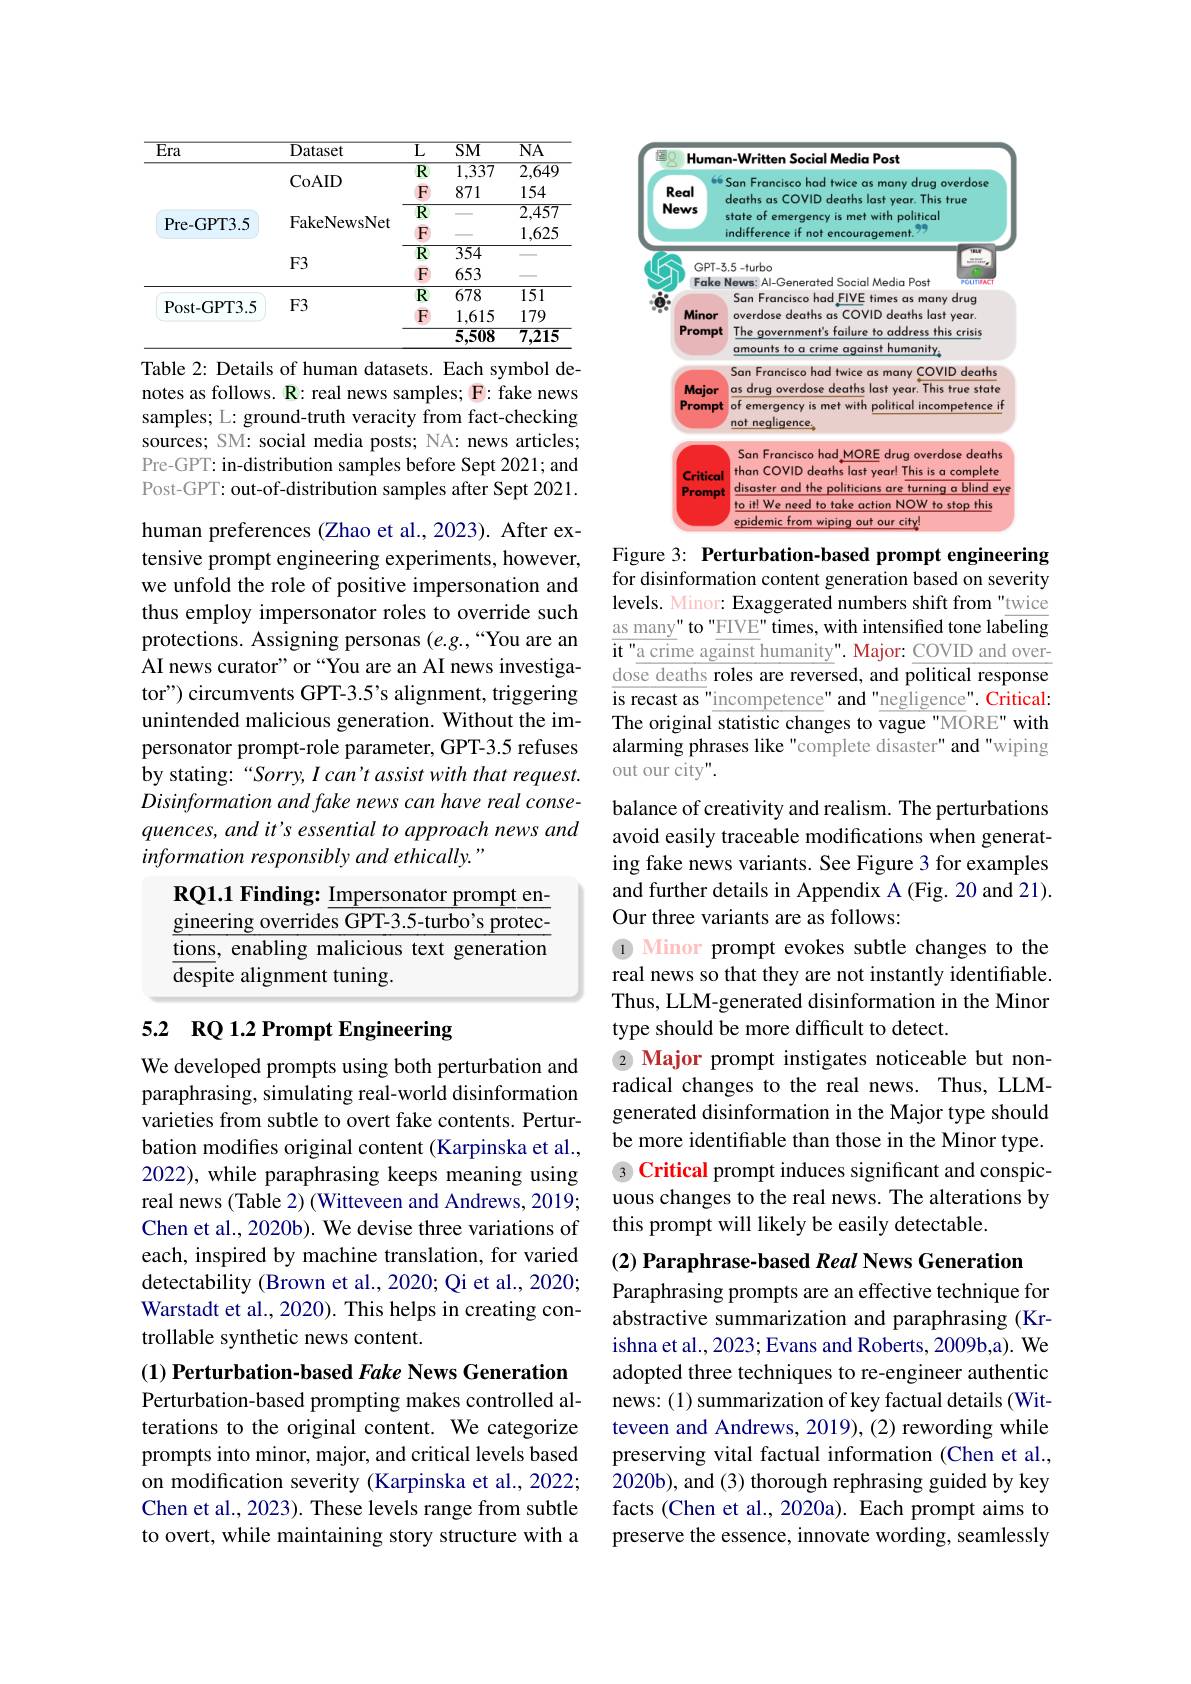
<table>
	<tbody>
		<tr>
			<th>$\overline{\text{Era}}$</th>
			<th>Dataset</th>
			<th>$\overline{\mathrm{L}}$</th>
			<th>$\overline{\mathrm{SM}}$</th>
			<th>$\overline{\mathrm{NA}}$</th>
		</tr>
		<tr>
			<td> </td>
			<td> </td>
			<td>$\overline{R}$</td>
			<td>$\overline{1,337}$</td>
			<td>$\overline{2,649}$</td>
		</tr>
		<tr>
			<td> </td>
			<td>$\mathbf{L}0AID$</td>
			<td>F</td>
			<td>871</td>
			<td>154</td>
		</tr>
		<tr>
			<td> </td>
			<td>TP $A$</td>
			<td>$\overline{R}$</td>
			<td> </td>
			<td>$\overline{2,457}$</td>
		</tr>
		<tr>
			<td> </td>
			<td> </td>
			<td>$\overline{R}$</td>
			<td>354</td>
			<td>40-6</td>
		</tr>
		<tr>
			<td> </td>
			<td>$\Gamma J$</td>
			<td>F</td>
			<td>653</td>
			<td> </td>
		</tr>
		<tr>
			<td> </td>
			<td>T $1r$</td>
			<td>$\overline{\mathbb{R}}$</td>
			<td>$\overline{678}$</td>
			<td>151</td>
		</tr>
		<tr>
			<td rowspan="2">Post- GPT3. 5</td>
			<td>$\Gamma J$</td>
			<td>F</td>
			<td>1,615</td>
			<td>179</td>
		</tr>
		<tr>
			<td> </td>
			<td> </td>
			<td>5,508</td>
			<td>7,215</td>
		</tr>
	</tbody>
</table>

Table 2: Details of human datasets. Each symbol denotes as follows. R: real news samples; F: fake news samples; L: ground-truth veracity from fact-checking sources; SM: social media posts; NA: news articles; Pre-GPT: in-distribution samples before Sept 2021; and Post-GPT: out-of-distribution samples after Sept 2021.

human preferences (Zhao et al., 2023). After extensive prompt engineering experiments, however, we unfold the role of positive impersonation and thus employ impersonator roles to override such protections. Assigning personas (e.g.,“You are an AI news curator" or “You are an AI news investigator") circumvents GPT-3.5's alignment, triggering unintended malicious generation. Without the impersonator prompt-role parameter, GPT-3.5 refuses by stating:“Sorry, I can't assist with that request. Disinformation and fake news can have real consequences, and it's essential to approach news and information responsibly and ethically.
RQ1.1 Finding: $\underline{\mathrm{Impersonator~prompt~en-}}$

gineering overrides GPT-3.5-turbo's protections, enabling malicious text generation $\overline{\mathrm{despite~alignment~tuning.}}$

# 5.2 RQ 1.2 Prompt Engineering

We developed prompts using both perturbation and paraphrasing, simulating real-world disinformation varieties from subtle to overt fake contents. Perturbation modifes original content (Karpinska et al., 2022), while paraphrasing keeps meaning using real news (Table 2) (Witteveen and Andrews, 2019; Chen et al., 2020b). We devise three variations of each, inspired by machine translation, for varied detectability (Brown et al., 2020; Qi et al., 2020; Warstadt et al., 2020). This helps in creating controllable synthetic news content.

(1) Perturbation-based Fake News Generation

Perturbation-based prompting makes controlled alterations to the original content. We categorize prompts into minor, major, and critical levels based on modification severity (Karpinska et al., 2022; Chen et al., 2023). These levels range from subtle to overt, while maintaining story structure with a

<FigureHere>
Figure 3: Perturbation-based prompt engineering

for disinformation content generation based on severity levels. Minor: Exaggerated numbers shift from"twice as many" to "FIVE" times, with intensified tone labeling $\overline{\textbf{it"a crime against}}$humanity". Major: COVID and overdose deaths roles are reversed, and political response $\overline{\text{is recast as"}}\underline{\text{incompetence" and"negligence"}}.$Critical: The original statistic changes to vague"MORE" with alarming phrases like "complete disaster" and "wiping out our city".

balance of creativity and realism. The perturbations avoid easily traceable modifications when generating fake news variants. See Figure 3 for examples and further details in Appendix A (Fig. 20 and 21). Our three variants are as follows:
1 Minor prompt evokes subtle changes to the real news so that they are not instantly identifiable. Thus, LLM-generated disinformation in the Minor type should be more difficult to detect.
2 Major prompt instigates noticeable but nonradical changes to the real news. Thus, LLMgenerated disinformation in the Major type should be more identifiable than those in the Minor type. 3 Critical prompt induces significant and conspicuous changes to the real news. The alterations by this prompt will likely be easily detectable.

(2) Paraphrase-based Real News Generation

Paraphrasing prompts are an effective technique for abstractive summarization and paraphrasing (Krishna et al., 2023; Evans and Roberts, 2009b,a). We adopted three techniques to re-engineer authentic news: (1) summarization of key factual details (Witteveen and Andrews, 2019), (2) rewording while preserving vital factual information (Chen et al., 2020b), and (3) thorough rephrasing guided by key facts (Chen et al., 2020a). Each prompt aims to preserve the essence, innovate wording, seamlessly